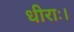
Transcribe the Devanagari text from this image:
धीराः।